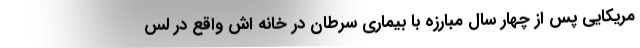
مریکایی پس از چهار سال مبارزه با بیماری سرطان در خانه اش واقع در لس